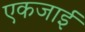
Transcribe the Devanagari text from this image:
एकजाई